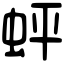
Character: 蚲